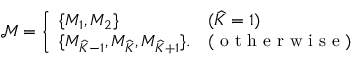
\begin{array} { r } { \mathcal { M } = \left\{ \begin{array} { l l } { \{ M _ { 1 } , M _ { 2 } \} } & { ( \widehat { K } = 1 ) } \\ { \{ M _ { \widehat { K } - 1 } , M _ { \widehat { K } } , M _ { \widehat { K } + 1 } \} . } & { ( \textup { o t h e r w i s e } ) } \end{array} \right. } \end{array}